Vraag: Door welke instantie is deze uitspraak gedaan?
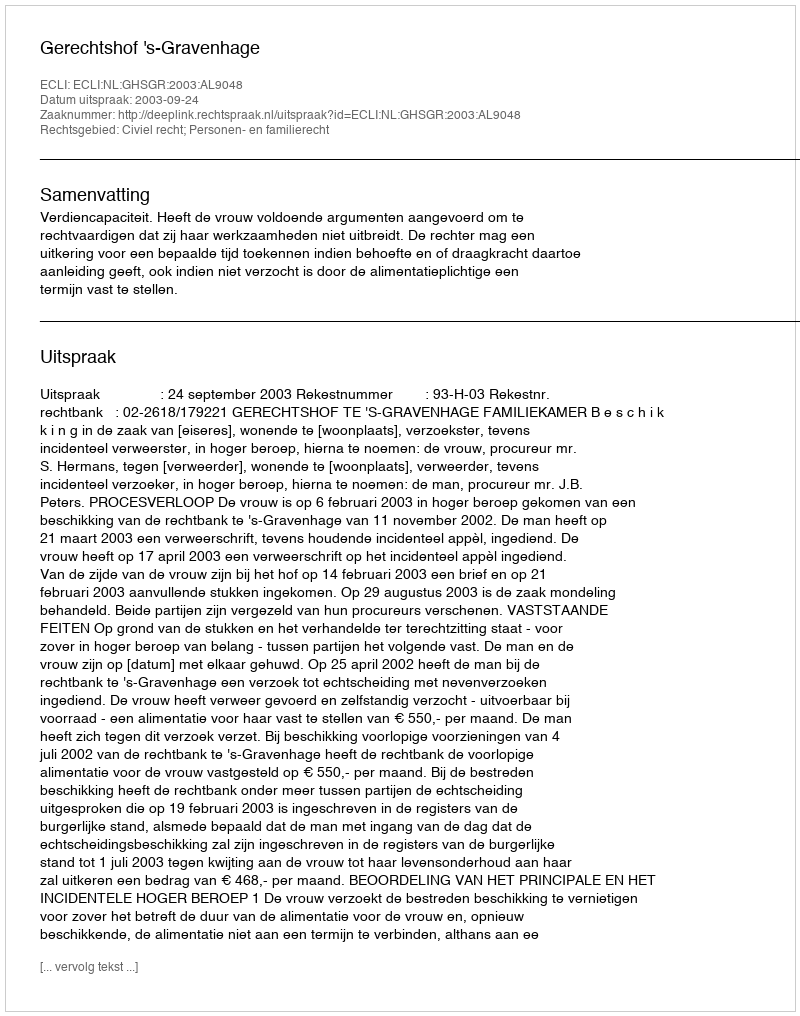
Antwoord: Gerechtshof 's-Gravenhage